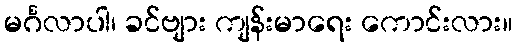
မင်္ဂလာပါ၊ ခင်ဗျား ကျန်းမာရေး ကောင်းလား။